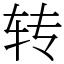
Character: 转